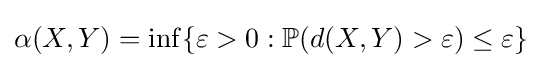
\alpha (X,Y)=\inf\{\varepsilon >0:\mathbb {P} (d(X,Y)>\varepsilon )\leq \varepsilon \}